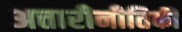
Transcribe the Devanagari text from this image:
अत्तारीनीतिकी